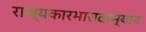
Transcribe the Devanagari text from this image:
राज्यकारभारादरम्यान